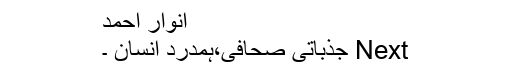
انوار احمد
Next جذباتی صحافی،ہمدرد انسان ۔